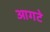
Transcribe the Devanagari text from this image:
आगटे